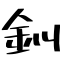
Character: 釧